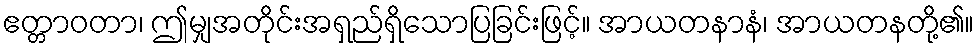
ဧတ္တာဝတာ၊ ဤမျှအတိုင်းအရှည်ရှိသောပြခြင်းဖြင့်။ အာယတနာနံ၊ အာယတနတို့၏။